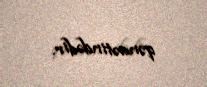
qənaətindədir.